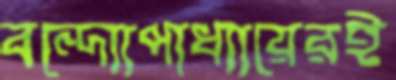
বন্দ্যোপাধ্যায়েরই